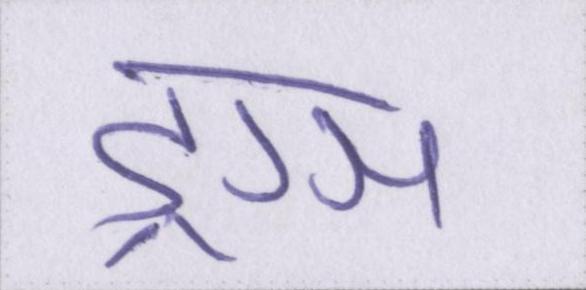
ड्रग्स